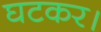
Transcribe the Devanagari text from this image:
घटकर।